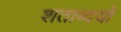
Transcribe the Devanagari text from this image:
शताब्दयों